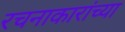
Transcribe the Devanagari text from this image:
रचनाकारांच्या